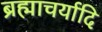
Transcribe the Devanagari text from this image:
ब्रह्माचर्यादि